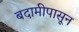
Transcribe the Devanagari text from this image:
बदामीपासून